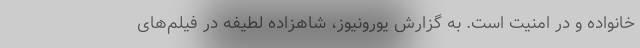
خانواده و در امنیت است. به گزارش یورونیوز، شاهزاده لطیفه در فیلم‌های